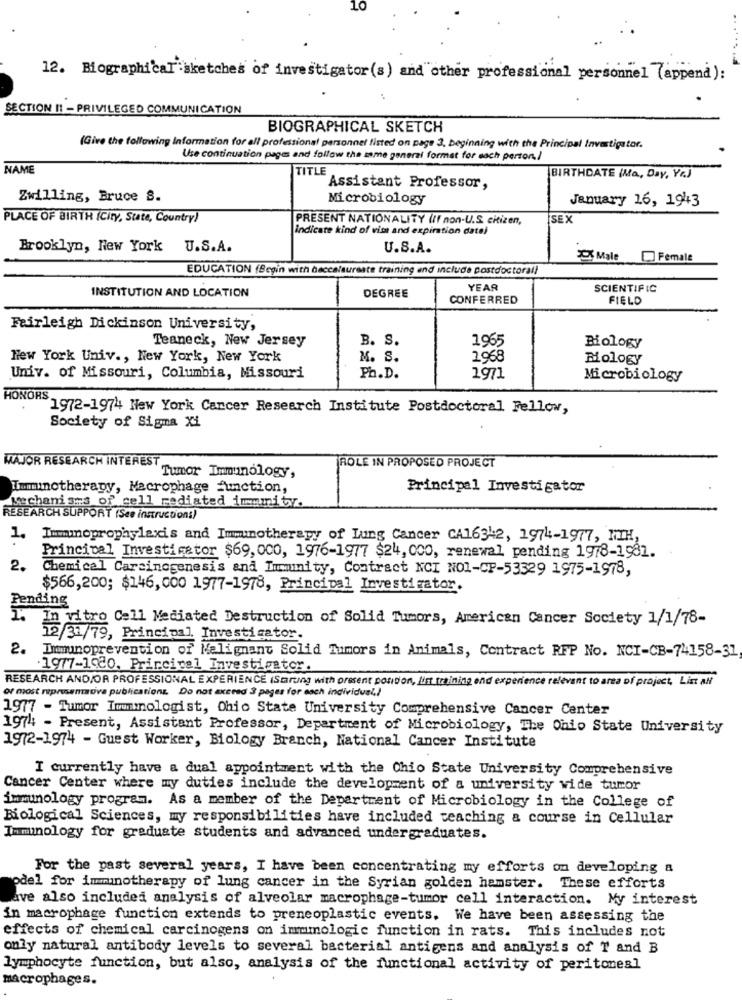
12. Biographical :sketches of investigator(s) and other professional personnel (appena):
SECTION II - PRIVILEGED COMMUNICATION
BIOGRAPHICAL SKETCH
(Give the following Information for all professional personnel listed on page 3. beginning with the Principal Investigator.
Use continuation pages and follow the same general format for each person,/
NAME
TITLE
BIRTHDATE (Ma, Day, Yr)
Assistant Professor,
Zwilling, Bruce S.
Microbiology
January 16, 194+3
PLACE OF BIRTH (City, State, Country)
PRESENT NATIONALITY (If non-U.S. citizen,
SEX
indicate kind of visa and expiration date)
Brooklyn, New York U.S.A.
U.S.A.
CX Male Female
EDUCATION (Begin with baccalaureate training and include postdoctoral)
YEAR
SCIENTIFIC
INSTITUTION AND LOCATION
DEGREE
CONFERRED
FIELD
Fairleigh Dickinson University,
Teaneck, New Jersey
B. S.
1965
Biology
New York Univ ., New York, New York
M. S.
1968
Biology
Univ. of Missouri, Columbia, Missouri
Ph.D.
1971
Microbiology
HONORS.
1972-1974 New York Cancer Research Institute Postdoctoral Fellow,
Society of Signa Xi
MAJOR RESEARCH INTEREST
ROLE IN PROPOSED PROJECT
Tumor Immunology,
Immunotherapy, Macrophage function,
Principal Investigator
Mechanisms of cell rediated immunity.
RESEARCH SUPPORT (See instruction:)
1. Imminoprophylaxis and Immunotherapy of Lung Cancer CA16342, 1974-1977, NTH,
Principal Investigator $69,000, 1976-1977 $24, 000, renewal pending 1978-1981.
2.
Chemical Carcinogenesis and Immunity, Contract NCI NOI-CP-53329 1975-1978,
$566,200; $146, 000 1977-1978, Principal Investigator.
Pending
1.
In vitro Cell Mediated Destruction of Solid Tumors, American Cancer Society 1/1/78-
12/31/79, Principal Investigator.
2. Immunoprevention of Malignant Solid Tumors in Animals, Contract RFP No. NCI-CB-74158-31
.1977-1980. Principal Investigator.
RESEARCH AND/OR PROFESSIONAL EXPERIENCE (Scaring with present position, list training and experience relevant to area of project, List all
of most representative publications. Do not exceed 3 pages for each individual)
1977 - Tumor Imummologist, Ohio State University Comprehensive Cancer Center
1974 - Present, Assistant Professor, Department of Microbiology, The Ohio State University
1972-1974 - Guest Worker, Biology Branch, National Cancer Institute
I currently have a dual appointment with the Chio State University Comprehensive
Cancer Center where my duties include the development of a university wide tumor
immunology program. As a member of the Department of Microbiology in the College of
Biological Sciences, my responsibilities have included teaching & course in Cellular
Immunology for graduate students and advanced undergraduates.
For the past several years, I have been concentrating my efforts on developing a
odel for immunotherapy of lung cancer in the Syrian golden hamster. These efforts
ave also included analysis of alveolar macrophage-tumor cell interaction. My interest
in macrophage function extends to preneoplastic events. We have been assessing the
effects of chemical carcinogens on immmologic function in rats. This includes not
only natural antibody levels to several bacterial antigens and analysis of T and B
lymphocyte function, but also, analysis of the functional activity of peritoneal
macrophages.